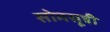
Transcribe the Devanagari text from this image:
सोमसूत्री